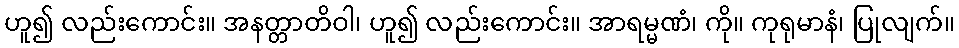
ဟူ၍ လည်းကောင်း။ အနတ္တာတိဝါ၊ ဟူ၍ လည်းကောင်း။ အာရမ္မဏံ၊ ကို။ ကုရုမာနံ၊ ပြုလျက်။